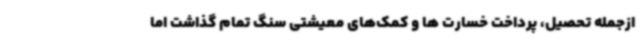
ازجمله تحصیل، پرداخت خسارت ها و کمک‌های معیشتی سنگ تمام گذاشت اما